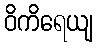
ဝိကိရေယျ